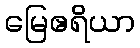
မြေဧရိယာ